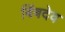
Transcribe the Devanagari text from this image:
बिंबदेव